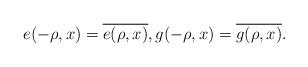
LaTeX: \begin{align*}e(-\rho,x)=\overline{e(\rho,x)},g(-\rho,x)=\overline{g(\rho,x)}.\end{align*}